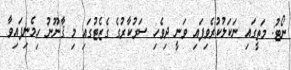
ނޯޓު: މަތީގައި ނަކަލުކުރެވިފައި ވަނީ ދިވެހި ސަރުކާރުގެ ގެޒެޓުގައި މި ޤާނޫނު ހިމެނިފައިވާ